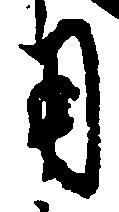
用